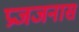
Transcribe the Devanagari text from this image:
प्रजजनास